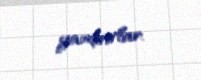
yandırırlar.